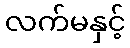
လက်မနှင့်